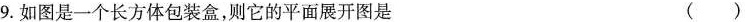
9.如图是一个长方体包装盒，则它的平面展开图是( )